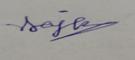
Signature authenticity: genuine